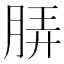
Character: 𬚼